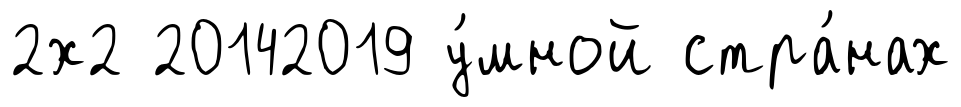
2х2 20142019 у́мной стра́нах